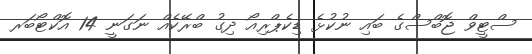
ސްޓީވް ޖޮބްސްގެ ބައި ނުކުޅެ ޑިކެޕްރިއޯ ދިގު ބްރޭކެއް ނަގަނީ 14 އޮކްޓޯބަރ